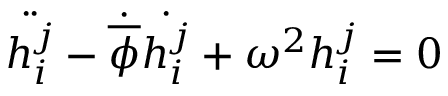
\ddot { h _ { i } ^ { j } } - \dot { \overline { { { \phi } } } } \dot { h _ { i } ^ { j } } + \omega ^ { 2 } h _ { i } ^ { j } = 0